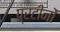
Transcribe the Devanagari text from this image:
प्रटीनों